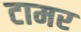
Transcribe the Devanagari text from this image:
टामर